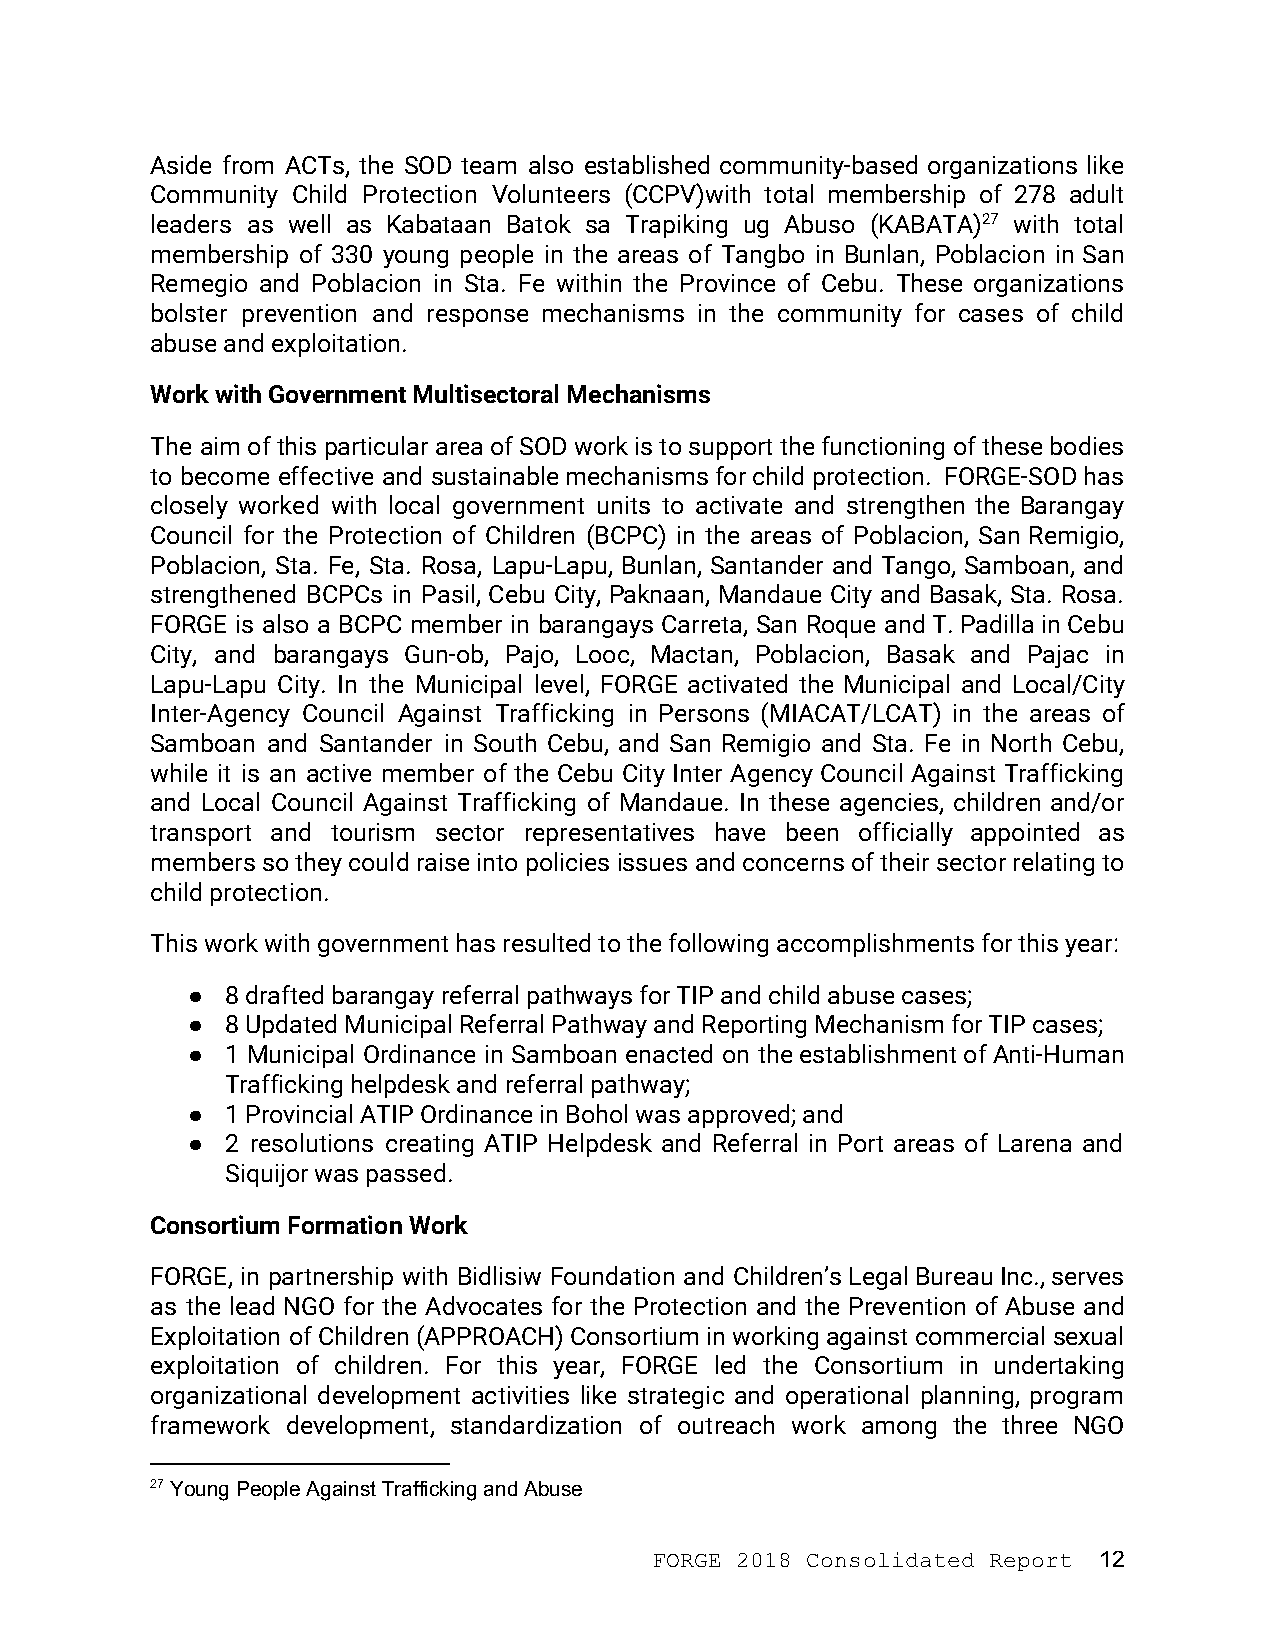
Aside from ACTs, the SOD team also established community-based organizations like
 Community Child Protection Volunteers (CCPV)with total membership of 278 adult
 leaders as well as Kabataan Batok sa Trapiking ug Abuso (KABATA)27 with total
 membership of 330 young people in the areas of Tangbo in Bunlan, Poblacion in San
 Remegio and Poblacion in Sta. Fe within the Province of Cebu. These organizations
 bolster prevention and response mechanisms in the community for cases of child
 abuse and exploitation.
 Work with Government Multisectoral Mechanisms
 The aim of this particular area of SOD work is to support the functioning of these bodies
 to become effective and sustainable mechanisms for child protection. FORGE-SOD has
 closely worked with local government units to activate and strengthen the Barangay
 Council for the Protection of Children (BCPC) in the areas of Poblacion, San Remigio,
 Poblacion, Sta. Fe, Sta. Rosa, Lapu-Lapu, Bunlan, Santander and Tango, Samboan, and
 strengthened BCPCs in Pasil, Cebu City, Paknaan, Mandaue City and Basak, Sta. Rosa.
 FORGE is also a BCPC member in barangays Carreta, San Roque and T. Padilla in Cebu
 City, and barangays Gun-ob, Pajo, Looc, Mactan, Poblacion, Basak and Pajac in
 Lapu-Lapu City. In the Municipal level, FORGE activated the Municipal and Local/City
 Inter-Agency Council Against Trafficking in Persons (MIACAT/LCAT) in the areas of
 Samboan and Santander in South Cebu, and San Remigio and Sta. Fe in North Cebu,
 while it is an active member of the Cebu City Inter Agency Council Against Trafficking
 and Local Council Against Trafficking of Mandaue. In these agencies, children and/or
 transport and tourism sector representatives have been officially appointed as
 members so they could raise into policies issues and concerns of their sector relating to
 child protection.
 This work with government has resulted to the following accomplishments for this year:
 ●  8 drafted barangay referral pathways for TIP and child abuse cases;
 ●  8 Updated Municipal Referral Pathway and Reporting Mechanism for TIP cases;
 ●  1 Municipal Ordinance in Samboan enacted on the establishment of Anti-Human
 Trafficking helpdesk and referral pathway;
 ●  1 Provincial ATIP Ordinance in Bohol was approved; and
 ●  2 resolutions creating ATIP Helpdesk and Referral in Port areas of Larena and
 Siquijor was passed.
 Consortium Formation Work
 FORGE, in partnership with Bidlisiw Foundation and Children’s Legal Bureau Inc., serves
 as the lead NGO for the Advocates for the Protection and the Prevention of Abuse and
 Exploitation of Children (APPROACH) Consortium in working against commercial sexual
 exploitation of children. For this year, FORGE led the Consortium in undertaking
 organizational development activities like strategic and operational planning, program
 framework development, standardization of outreach work among the three NGO
 27 Young People Against Trafficking and Abuse
 FORGE 2018 Consolidated Report 12
 ​